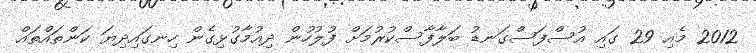
2012 މެއި 29 ގައި އުސްފަސްގަނޑު ބަލާފާސްކުރުމަށް ފުލުހުން ދިއުމާގުޅިގެން ހިނގައިދިޔަ ކަންތައްތައް